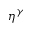
\eta ^ { \gamma }